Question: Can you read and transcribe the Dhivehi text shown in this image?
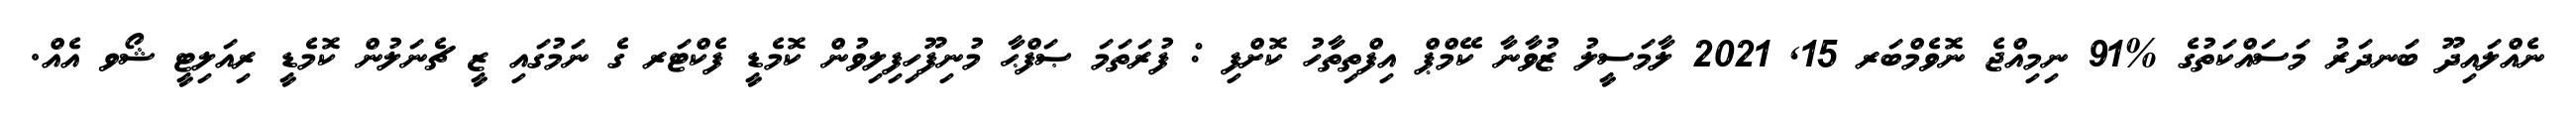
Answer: ނެއްލައިދޫ ބަނދަރު މަސައްކަތުގެ %91 ނިމިއްޖެ ނޮވެމްބަރ 15, 2021 ލާމަސީލު ޒުވާނާ ކޭމްޕް އިފްތިތާހު ކޮށްފި : ފުރަތަމަ ޞަފްޙާ މުނިފޫހިފިލިވުން ކޮމެޑީ ފެކްޓަރ ގެ ނަމުގައި ޒީ ޗެނަލުން ކޮމެޑީ ރިއަލިޓީ ޝޯވ އެއް.